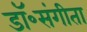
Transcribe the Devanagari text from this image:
डॉ॰संगीता